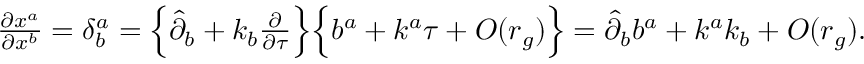
\begin{array} { r } { \frac { \partial x ^ { a } } { \partial x ^ { b } } = \delta _ { b } ^ { a } = \Big \{ { \hat { \partial } } _ { b } + k _ { b } \frac { \partial } { \partial \tau } \Big \} \Big \{ b ^ { a } + k ^ { a } \tau + { \cal O } ( r _ { g } ) \Big \} = \hat { \partial } _ { b } b ^ { a } + k ^ { a } k _ { b } + { \cal O } ( r _ { g } ) . } \end{array}